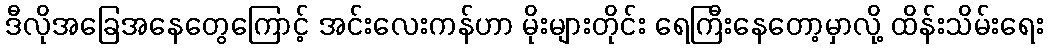
ဒီလိုအခြေအနေတွေကြောင့် အင်းလေးကန်ဟာ မိုးများတိုင်း ရေကြီးနေတော့မှာလို့ ထိန်းသိမ်းရေး